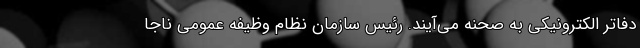
دفاتر الکترونیکی به صحنه می‌آیند. رئیس سازمان نظام وظیفه عمومی ناجا